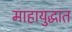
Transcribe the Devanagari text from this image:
माहायुद्धात